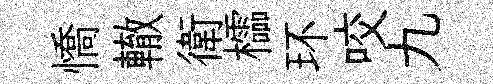
憍轍衛櫺环咬九